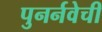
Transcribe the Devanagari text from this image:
पुनर्नवेची